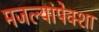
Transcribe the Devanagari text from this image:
मजल्यांपेक्शा